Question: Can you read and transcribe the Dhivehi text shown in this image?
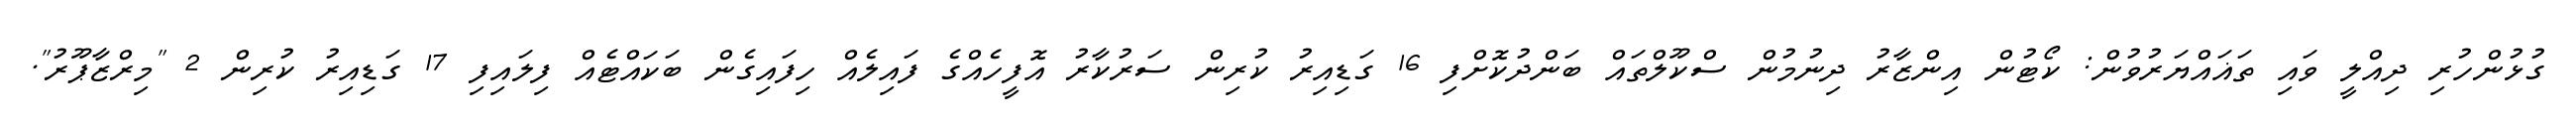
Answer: ގުޅުންހުރި ދިއްލީ ވައި ތަޣައްޔަރުވުން: ކޯޓުން އިންޒާރު ދިނުމުން ސްކޫލްތައް ބަންދުކޮށްފި 16 ގަޑިއިރު ކުރިން ސަރުކާރު އޮފީހެއްގެ ފައިލެއް ހިފައިގެން ބަކައްޓެއް ފިލައިފި 17 ގަޑިއިރު ކުރިން 2 "މިރްޒާޕޫރު".